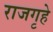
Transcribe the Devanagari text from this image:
राजगृहे